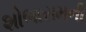
શોભારામની